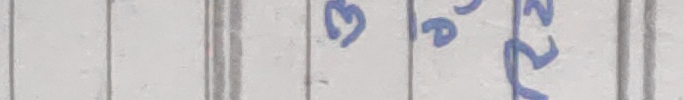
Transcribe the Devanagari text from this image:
३ २